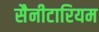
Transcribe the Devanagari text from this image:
सैनीटारियम